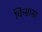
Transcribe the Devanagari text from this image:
किंसासा